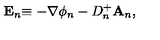
\mathbf { E } _ { n } \mathbf { \equiv - } \nabla \phi _ { n } - D _ { n } ^ { + } \mathbf { A } _ { n } ,